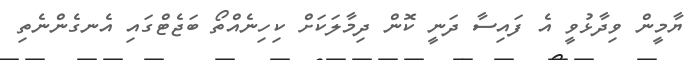
ޔާމީން ވިދާޅުވީ އެ ފައިސާ ދަނީ ކޮން ދިމާލަކަށް ކިހިނެއްތޯ ބަޖެޓްގައި އެނގެންނެތި